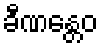
ခီဏန္တေဝ